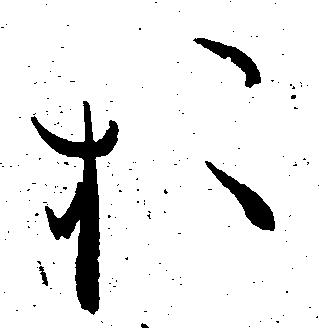
お